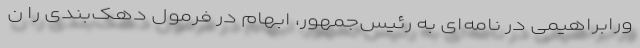
ورابراهیمی در نامه‌ای به رئیس‌جمهور، ابهام در فرمول دهک‌بندی را ن